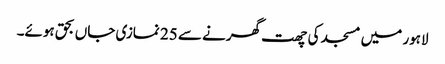
لاہور میں مسجد کی چھت گھرنے سے 25 نمازی جاں بحق ہوئے۔